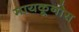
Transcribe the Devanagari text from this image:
मायकूनोस